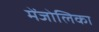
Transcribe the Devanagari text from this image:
मेंजोलिका